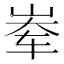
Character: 𪨶